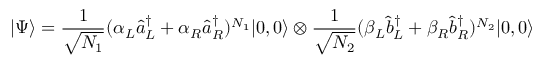
| \Psi \rangle = \frac { 1 } { \sqrt { N _ { 1 } } } ( \alpha _ { L } \hat { a } _ { L } ^ { \dagger } + \alpha _ { R } \hat { a } _ { R } ^ { \dagger } ) ^ { N _ { 1 } } | 0 , 0 \rangle \otimes \frac { 1 } { \sqrt { N _ { 2 } } } ( \beta _ { L } \hat { b } _ { L } ^ { \dagger } + \beta _ { R } \hat { b } _ { R } ^ { \dagger } ) ^ { N _ { 2 } } | 0 , 0 \rangle